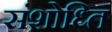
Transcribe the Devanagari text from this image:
संशोध्ति